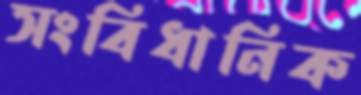
সংবিধানিক